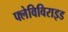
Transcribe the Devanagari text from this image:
फ्लेविविराइड